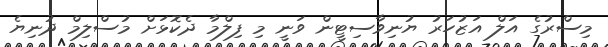
މިސްރުގެ އަލް އަޒުހަރު ޔުނިވާސިޓީން ވަނީ މި ފިލްމާ ދެކޮޅަށް މުސްލިމް ދުނިޔެ